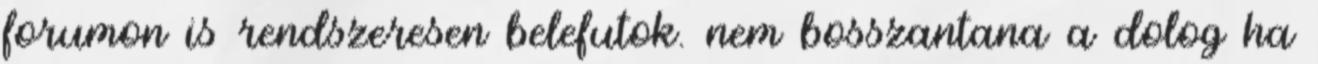
forumon is rendszeresen belefutok. nem bosszantana a dolog ha